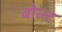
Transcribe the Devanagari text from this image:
बोल्‍ट